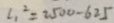
\angle 1 ^ { 2 } = 2 5 0 0 - 6 2 5